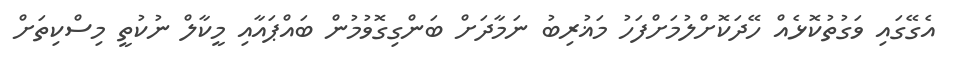
އެގޭގައި ވަގުތުކޮޅެއް ހޭދަކޮށްލުމަށްފަހު މަޣުރިބު ނަމާދަށް ބަންގިގޮވުމުން ބައްޕައާއި މީކާލް ނުކުތީ މިސްކިތަށް